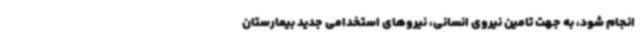
انجام شود، به جهت تامین نیروی انسانی، نیروهای استخدامی جدید بیمارستان